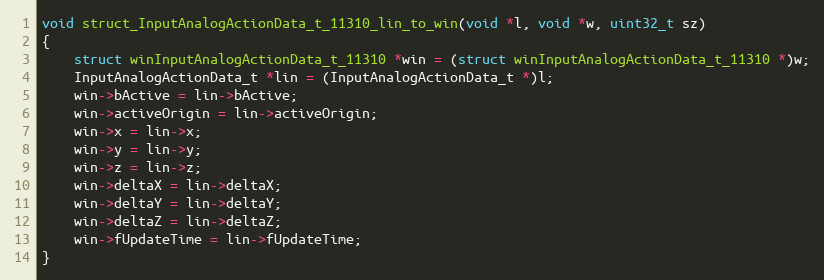
Language: C++
void struct_InputAnalogActionData_t_11310_lin_to_win(void *l, void *w, uint32_t sz)
{
    struct winInputAnalogActionData_t_11310 *win = (struct winInputAnalogActionData_t_11310 *)w;
    InputAnalogActionData_t *lin = (InputAnalogActionData_t *)l;
    win->bActive = lin->bActive;
    win->activeOrigin = lin->activeOrigin;
    win->x = lin->x;
    win->y = lin->y;
    win->z = lin->z;
    win->deltaX = lin->deltaX;
    win->deltaY = lin->deltaY;
    win->deltaZ = lin->deltaZ;
    win->fUpdateTime = lin->fUpdateTime;
}